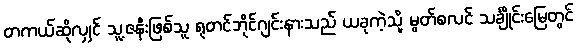
တကယ်ဆိုလျှင် သူ့ဇနီးဖြစ်သူ ရုတင်ဘိုင်ဂျင်းနားသည် ယခုကဲ့သို့ မွတ်စလင် သင်္ချိုင်းမြေတွင်